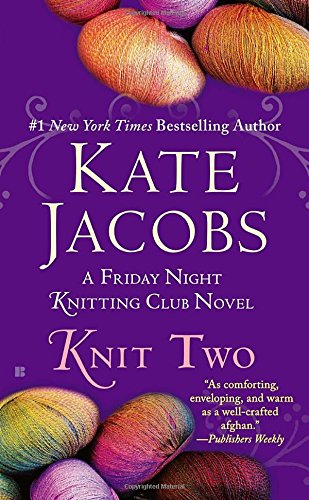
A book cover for Knit Two (Friday Night Knitting Club); Kate Jacobs; Literature & Fiction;